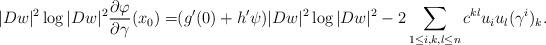
LaTeX: \begin{align*}|Dw|^2\log|Dw|^2\frac{\partial\varphi}{\partial\gamma}(x_0)=&(g'(0)+h'\psi)|Dw|^2\log|Dw|^2-2\sum_{1\leq i,k,l\leq n}c^{kl}u_iu_l(\gamma^i)_k.\end{align*}